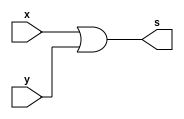
/* Exercicio 10
** Wadson Gomes Ferreira
** 460631
** Tabela-verdade OR 4 entradas usando modulos de 2 entradas
*/

module twoOR(output s, input x, input y);
       assign s = x | y;
endmodule

module fourOR(output s, input x, input y, input w, input z);
       wire k,l,m;
       twoOR T1(k,x,y);
       twoOR T2(l,w,z);
       twoOR T3(m,k,l);
       assign s = m;
endmodule

module exercicio;
       reg a,b,c,d;
       wire s;
       fourOR T4(s,a,b,c,d);
       initial begin
               #1 a=0; b=0; c=0; d=0;
               #1
                 $display("Exercicio10 - Wadson Gomes Ferreira - 460631");
                 $display("Tabela-Verdade OR 4 entradas usando modulo de 2 entradas");
                 $monitor("a=%b , b=%b, c=%b, d=%b => %b",a,b,c,d,s);
               #1 a=0; b=0; c=0; d=1;
               #1 a=0; b=0; c=1; d=0;
               #1 a=0; b=0; c=1; d=0;
               #1 a=0; b=1; c=0; d=0;
               #1 a=0; b=1; c=0; d=1;
               #1 a=0; b=1; c=1; d=0;
               #1 a=0; b=1; c=1; d=1;
               #1 a=1; b=0; c=0; d=0;
               #1 a=1; b=0; c=0; d=1;
               #1 a=1; b=0; c=1; d=0;
               #1 a=1; b=0; c=1; d=1;
               #1 a=1; b=1; c=0; d=0;
               #1 a=1; b=1; c=0; d=1;
               #1 a=1; b=1; c=1; d=0;
               #1 a=1; b=1; c=1; d=1;
       end
endmodule